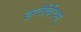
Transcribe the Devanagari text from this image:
इन्तेर्विएव्स्